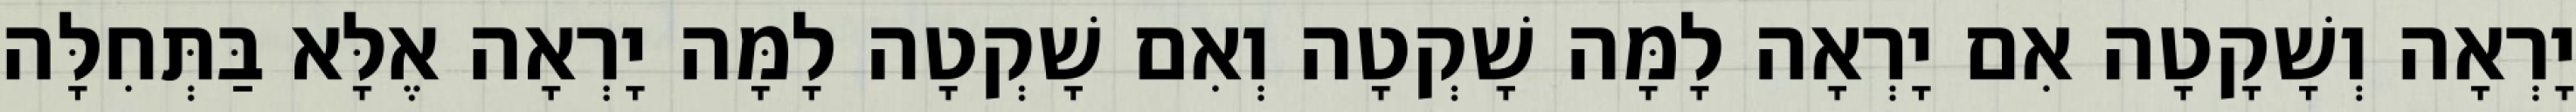
יָרְאָה וְשָׁקָטָה אִם יָרְאָה לָמָּה שָׁקְטָה וְאִם שָׁקְטָה לָמָּה יָרְאָה אֶלָּא בַּתְּחִלָּה